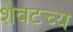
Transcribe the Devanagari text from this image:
शेवटच्य